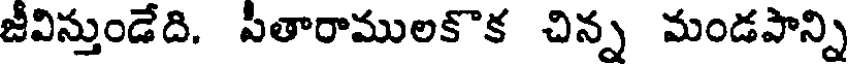
జీవిస్తుండేది. పితారాములకొక చిన్న మండపాన్ని